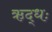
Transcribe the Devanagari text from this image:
ऋद्धः